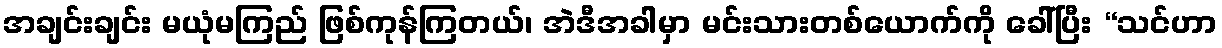
အချင်းချင်း မယုံမကြည် ဖြစ်ကုန်ကြတယ်၊ အဲဒီအခါမှာ မင်းသားတစ်ယောက်ကို ခေါ်ပြီး “သင်ဟာ